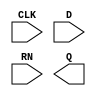
module gf180mcu_fd_sc_mcu7t5v0__dffrnq_1( CLK, D, RN, Q );
input CLK, D, RN;
output Q;
endmodule

module gf180mcu_fd_sc_mcu7t5v0__buf_1( I, Z );
input I;
output Z;
endmodule

module gf180mcu_fd_sc_mcu7t5v0__clkbuf_1( I, Z );
input I;
output Z;
endmodule

module fpga_tech_register
  (input  clk_i,
   input  rstn_i,
   input  config_i_rst_polarity,
   input  config_i_rst_value,
   input  data_i,
   output data_o);

  gf180mcu_fd_sc_mcu7t5v0__dffrnq_1 register (
    .CLK(clk_i),
    .D( data_i ),
    .Q( data_o ),
    .RN(rstn_i)
  );
endmodule


module fpga_tech_buffer
  (input  i,
   output z);
  wire buf_X;
  assign z = buf_X;

  gf180mcu_fd_sc_mcu7t5v0__buf_1 tech_buf (
    .I(i),
    .Z(buf_X));
endmodule


module fpga_tech_clkbuffer
  (input  i,
   output z);
  wire buf_X;
  assign z = buf_X;
     
  gf180mcu_fd_sc_mcu7t5v0__clkbuf_1 tech_buf (
    .I(i),
    .Z(buf_X));
endmodule


module efuse_ctrl (wb_ack_o,
    wb_clk_i,
    wb_cyc_i,
    wb_rst_i,
    wb_sel_i,
    wb_stb_i,
    wb_we_i,
    wb_adr_i,
    wb_dat_i,
    wb_dat_o);
 output wb_ack_o;
 input wb_clk_i;
 input wb_cyc_i;
 input wb_rst_i;
 input wb_sel_i;
 input wb_stb_i;
 input wb_we_i;
 input [10:0] wb_adr_i;
 input [7:0] wb_dat_i;
 output [7:0] wb_dat_o;
endmodule